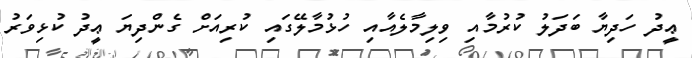
ޢީދު ހަދިޔާ ބަދަލު ކުރުމާއި ވިލިމާލެއާއި ހުޅުމާލޭގައި ކުރިއަށް ގެންދިޔަ ޢީދު ކުޅިވަރު